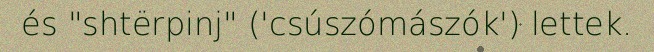
és "shtërpinj" ('csúszómászók') lettek.